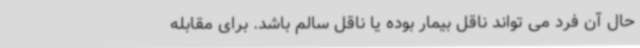
حال آن فرد می تواند ناقل بیمار بوده یا ناقل سالم باشد. برای مقابله